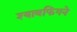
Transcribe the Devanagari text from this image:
श्यावफिंगने